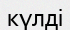
күлді